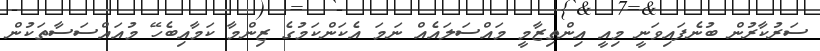
ސަރުކާރުން ބުނެފައިވަނީ މިއީ އިންތިޒާމީ މައްސަލައެއް ނަމަ އެކަންކަމުގެ ޒިންމާ ކަމާއިބެހޭ މުއައްސަސާތަކުން